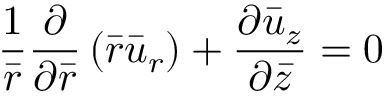
\frac { 1 } { \bar { r } } \frac { \partial } { { \partial } \bar { r } } \left( \bar { r } \bar { u } _ { r } \right) + \frac { { \partial } \bar { u } _ { z } } { { \partial } \bar { z } } = 0